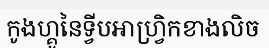
កូងហ្គូនៃទ្វីបអាហ្វ្រិកខាងលិច